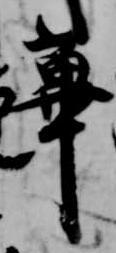
蓽